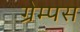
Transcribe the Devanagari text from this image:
ग्रेम्पस